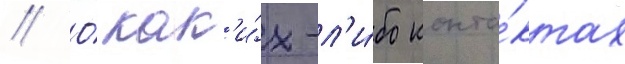
// О́ как'и́х-л'и́бо конта́ктах